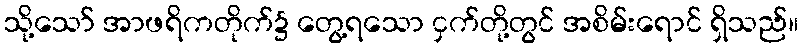
သို့သော် အာဖရိကတိုက်၌ တွေ့ရသော ငှက်တို့တွင် အစိမ်းရောင် ရှိသည်။